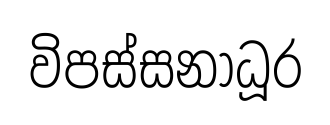
විපස්සනාධූර